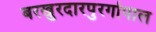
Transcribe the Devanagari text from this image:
बरखुरदारपुरगोपाल